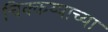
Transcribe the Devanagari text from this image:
चिक्कय्याच्या